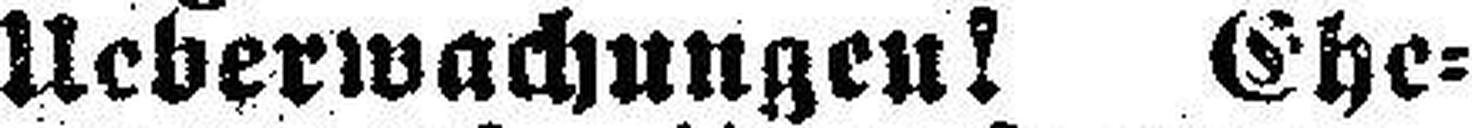
Ueberwachungen! Ehe¬